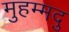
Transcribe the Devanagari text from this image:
मुहम्मदु